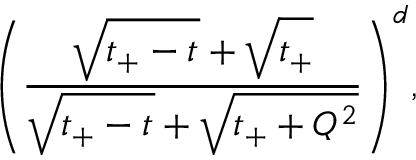
{ \left( \frac { \sqrt { t _ { + } - t ^ { \vphantom { 2 } } } + \sqrt { t _ { + } ^ { \vphantom { 2 } } } } { \sqrt { t _ { + } - t ^ { \vphantom { 2 } } } + \sqrt { t _ { + } + Q ^ { 2 } } } \right) } ^ { d } ,